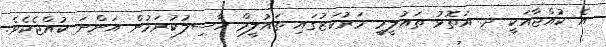
އެ ކުއްޖާއަކީ ދ. އަތޮޅު ތައުލީމީ މަރުކަޒުގައި ތައުލީމް ހާސިލުކުރަމުން އަންނަ ކުއްޖެކެވެ.